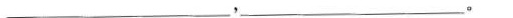
___，___。